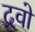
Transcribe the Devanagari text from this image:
द्र्वो